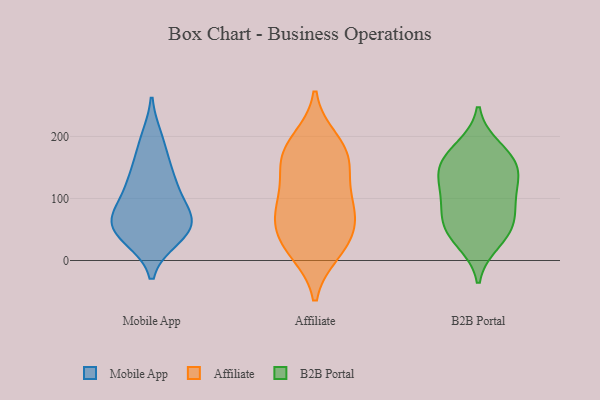
{"axis": {"x": "Active Users", "y": "Value"}, "legend": ["Affiliate", "B2B Portal", "Mobile App"], "data": [{"x": "", "y": 197, "type": "Mobile App"}, {"x": "", "y": 123, "type": "Mobile App"}, {"x": "", "y": 36, "type": "Mobile App"}, {"x": "", "y": 81, "type": "Mobile App"}, {"x": "", "y": 40, "type": "Mobile App"}, {"x": "", "y": 158, "type": "Mobile App"}, {"x": "", "y": 57, "type": "Mobile App"}, {"x": "", "y": 119, "type": "Mobile App"}, {"x": "", "y": 68, "type": "Mobile App"}, {"x": "", "y": 63, "type": "Mobile App"}, {"x": "", "y": 44, "type": "Affiliate"}, {"x": "", "y": 93, "type": "Affiliate"}, {"x": "", "y": 18, "type": "Affiliate"}, {"x": "", "y": 147, "type": "Affiliate"}, {"x": "", "y": 100, "type": "Affiliate"}, {"x": "", "y": 70, "type": "Affiliate"}, {"x": "", "y": 193, "type": "Affiliate"}, {"x": "", "y": 15, "type": "Affiliate"}, {"x": "", "y": 179, "type": "Affiliate"}, {"x": "", "y": 41, "type": "Affiliate"}, {"x": "", "y": 169, "type": "Affiliate"}, {"x": "", "y": 82, "type": "Affiliate"}, {"x": "", "y": 157, "type": "Affiliate"}, {"x": "", "y": 58, "type": "B2B Portal"}, {"x": "", "y": 97, "type": "B2B Portal"}, {"x": "", "y": 145, "type": "B2B Portal"}, {"x": "", "y": 181, "type": "B2B Portal"}, {"x": "", "y": 140, "type": "B2B Portal"}, {"x": "", "y": 168, "type": "B2B Portal"}, {"x": "", "y": 44, "type": "B2B Portal"}, {"x": "", "y": 30, "type": "B2B Portal"}, {"x": "", "y": 61, "type": "B2B Portal"}, {"x": "", "y": 154, "type": "B2B Portal"}, {"x": "", "y": 91, "type": "B2B Portal"}, {"x": "", "y": 118, "type": "B2B Portal"}]}